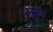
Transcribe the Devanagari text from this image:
तुरङ्ग